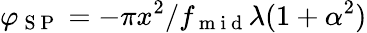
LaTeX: \varphi_{\mathrm{~S~P~}}=-\pi x^{2}/f_{\mathrm{~m~i~d~}}\lambda(1+\alpha^{2})